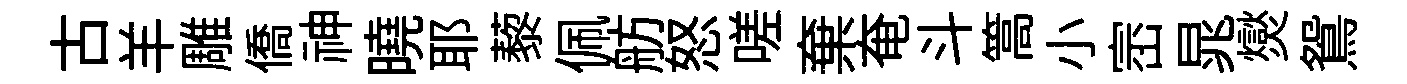
古羊雕僑神曉耶藜佩舫怒嗟棄奄斗篙小崈晁爕鴛